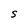
Character: S